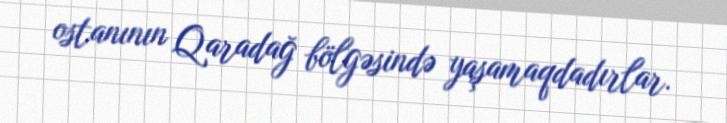
ostanının Qaradağ bölgəsində yaşamaqdadırlar.